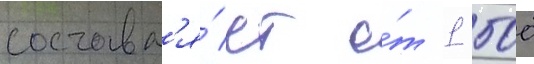
составл'я́ет о́т 1 500